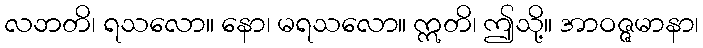
လဘတိ၊ ရသလော။ နော၊ မရသလော။ ဣတိ၊ ဤသို့။ အာဝဇ္ဇမာနာ၊